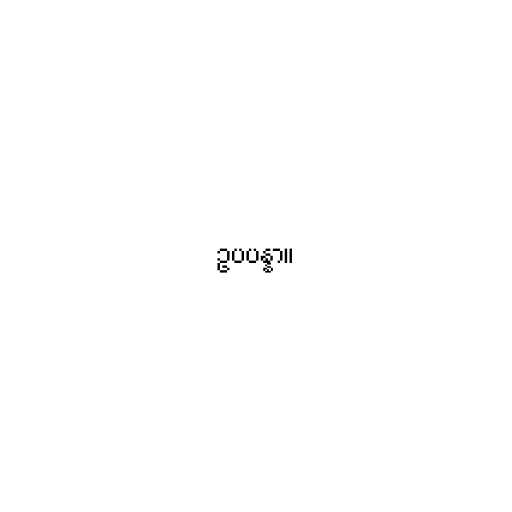
ဥပပန္နာ။